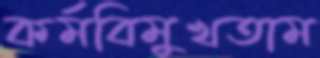
কর্মবিমুখতাম